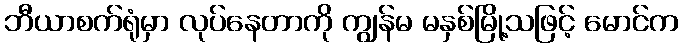
ဘီယာစက်ရုံမှာ လုပ်နေတာကို ကျွန်မ မနှစ်မြို့သဖြင့် မောင်က